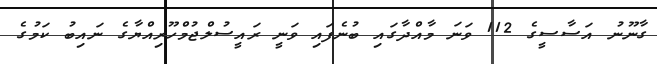
ގާނޫނު އަސާސީގެ 112 ވަނަ މާއްދާގައި ބުނެފައި ވަނީ ރައީސުލްޖުމްހޫރިއްޔާގެ ނައިބު ކަމުގެ